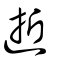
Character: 逝